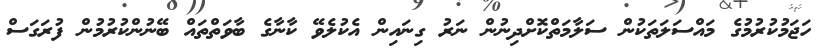
ހަޖަމުކުރުމުގެ މައްސަލަތަކުން ސަލާމަތްކޮށްދިނުން ނަރު ގިނައިން އެކުލެވޭ ކާނާގެ ބާވަތްތައް ބޭނުންކުރުމުން ފުރަގަސް